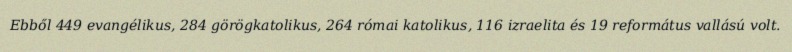
Ebből 449 evangélikus, 284 görögkatolikus, 264 római katolikus, 116 izraelita és 19 református vallású volt.